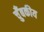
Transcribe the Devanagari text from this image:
चुँबकीय